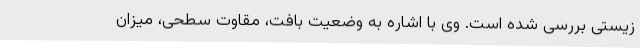
زیستی بررسی شده است. وی با اشاره به وضعیت بافت، مقاوت سطحی، میزان